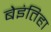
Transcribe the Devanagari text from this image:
बेइंतिहा